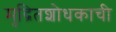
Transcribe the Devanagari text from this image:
मुद्रितशोधकाची